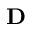
\textbf { D }